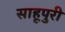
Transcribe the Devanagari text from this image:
साहूपुरी